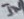
Text: IN